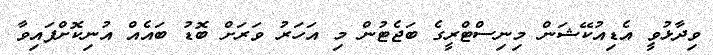
ވިދާޅުވީ އެޑިއުކޭޝަން މިނިސްޓްރީގެ ބަޖެޓުން މި އަހަރު ވަރަށް ބޮޑު ބައެއް އުނިކޮށްފައިވާ